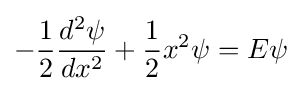
-{\frac {1}{2}}{\frac {d^{2}\psi }{dx^{2}}}+{\frac {1}{2}}x^{2}\psi =E\psi